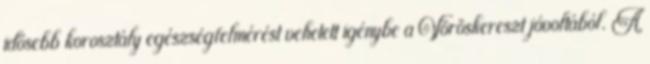
idősebb korosztály egészségfelmérést vehetett igénybe a Vöröskereszt jóvoltából. A